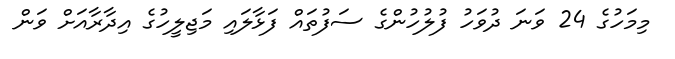
މިމަހުގެ 24 ވަނަ ދުވަހު ފުލުހުންގެ ސަފުތައް ފަޅާލައި މަޖިލީހުގެ އިދާރާއަށް ވަން